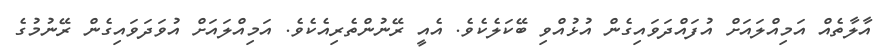
އާލާތެއް އަމިއްލައަށް އުފައްދަވައިގެން އުޅުއްވި ބޭކަލެކެވެ. އެއީ ރޭނުންތެރިއެކެވެ. އަމިއްލައަށް އުވަދަވައިގެން ރޭނުމުގެ